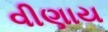
વીણાય